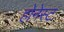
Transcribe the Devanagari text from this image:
होनेस्ट